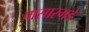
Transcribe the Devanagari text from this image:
पासारगडे